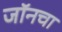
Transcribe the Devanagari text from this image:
जॉनचा